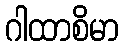
ဂါထာစိမာ